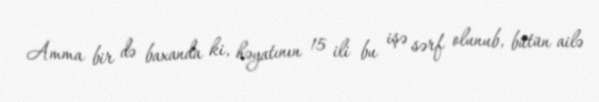
Amma bir də baxanda ki, həyatının 15 ili bu işə sərf olunub, bütün ailə